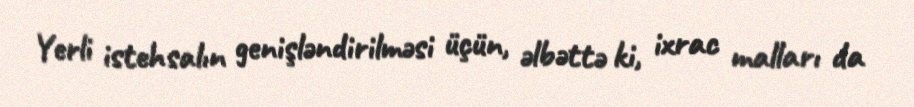
Yerli istehsalın genişləndirilməsi üçün, əlbəttə ki, ixrac malları da